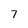
Character: 7